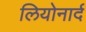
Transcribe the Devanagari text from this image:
लियोनार्द